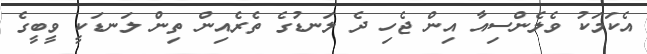
އެކަމަކު ވެލެންސިއާ އިން ޖެހި ދެ ލަނޑުގެ ތެރެއިން ތިން ލަނޑަކީ ވީބީގެ